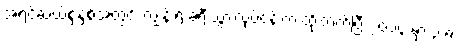
အရင်ဆယ်စုနှစ်အတွင်း ကျွန်းရဲ့ ခရီးသွားလုပ်ငန်းက ထိုးတက်ပြီး ၂၀၁၄ မှာ ၃.၈